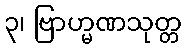
၃၊ ဗြာဟ္မဏသုတ္တ